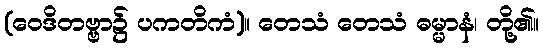
(ဝေဒိတဗ္ဗာ၌ ပကတိကံ)။ တေသံ တေသံ ဓမ္မာနံ၊ တို့၏။